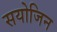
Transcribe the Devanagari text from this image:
सयोजिन